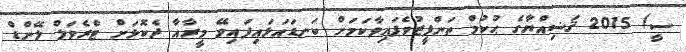
ސީ/ 2015 ޤަޟިއްޔާގެ ޙުކުމް ތަންފީޒުވެފައިވާކަމަށް ކަނޑައަޅައިފައިވޭ މީރާއާ ދެކޮޅަށް ޓްރެވަލް ލޭންޑް